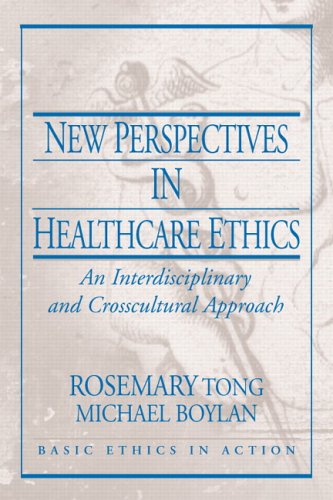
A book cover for New Perspectives in Healthcare Ethics: An Interdisciplinary and Crosscultural Approach (Basic Ethics in Action); Rosemarie Tong; Medical Books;